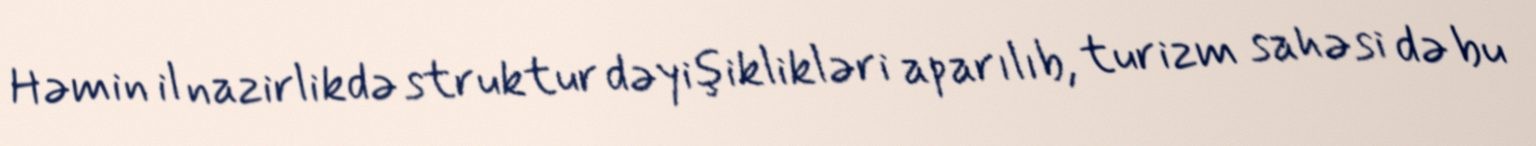
Həmin il nazirlikdə struktur dəyişiklikləri aparılıb, turizm sahəsi də bu